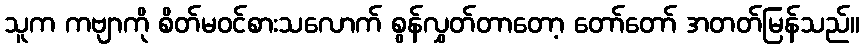
သူက ကဗျာကို စိတ်မဝင်စားသလောက် စွန်လွှတ်တာတော့ တော်တော် အတတ်မြန်သည်။